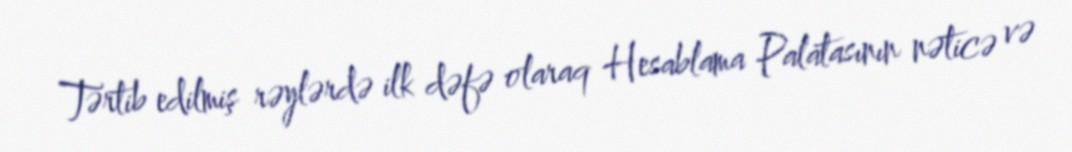
Tərtib edilmiş rəylərdə ilk dəfə olaraq Hesablama Palatasının nəticə və